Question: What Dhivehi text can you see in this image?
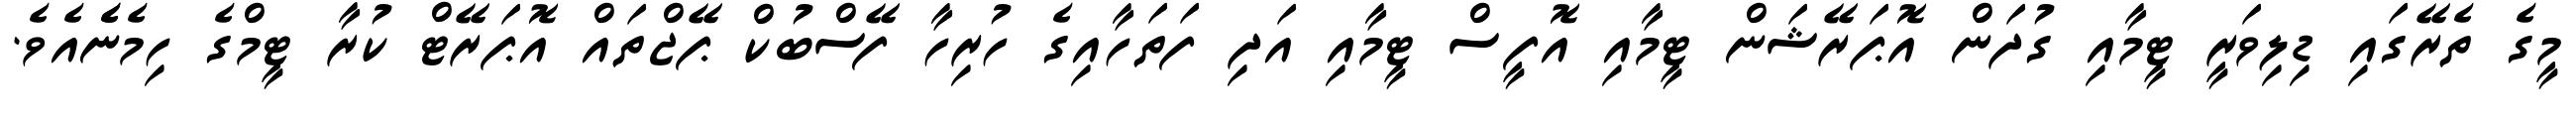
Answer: މީގެ ތެރޭގައި ޑިލިވަރީ ޓީމާއި ގުދަން އޮޕަރޭޝަން ޓީމާއި އޮފީސް ޓީމާއި އަދި ފަތަހާއިގެ ހުރިހާ ފޭސްބުކް ޕޭޖްތައް އޮޕަރޭޓް ކުރާ ޓީމްގެ ހިމެނެެއެވެ.